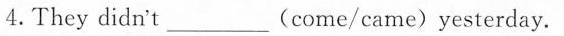
4.They didn't___(come/came)yesterday.